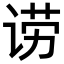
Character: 𬣿